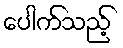
ပေါက်သည့်